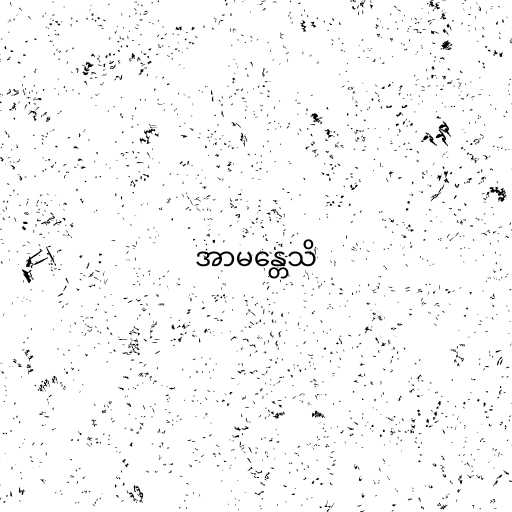
အာမန္တေသိ